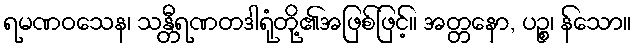
ရမဏဝသေန၊ သန္တီရဏတဒါရုံတို့၏အဖြစ်ဖြင့်။ အတ္တနော, ပဉ္စ၊ န်သော။